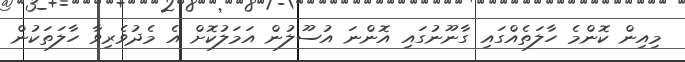
މިއިން ކޮންމެ ހާލަތެއްގައި ގާނޫނުގައި އޮންނަ އުސޫލުން އަމަލުކޮށް އެ މެދުވެރިވާ ހާލަތަކުން